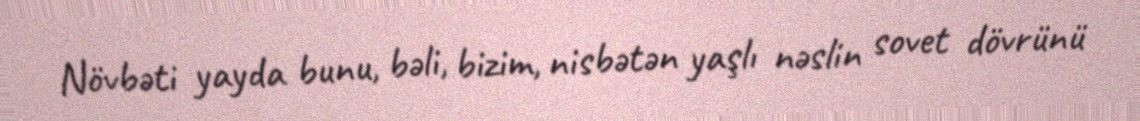
Növbəti yayda bunu, bəli, bizim, nisbətən yaşlı nəslin sovet dövrünü